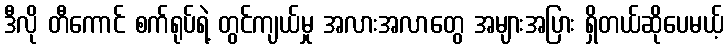
ဒီလို တီကောင် စက်ရုပ်ရဲ့ တွင်ကျယ်မှု အလားအလာတွေ အများအပြား ရှိတယ်ဆိုပေမယ့်